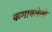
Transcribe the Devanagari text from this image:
कमावलेली